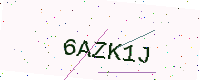
Text: 6AZK1J